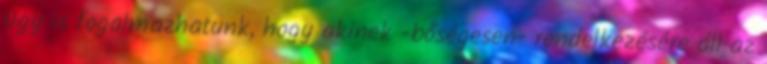
Úgy is fogalmazhatunk, hogy akinek -bőségesen- rendelkezésére áll az